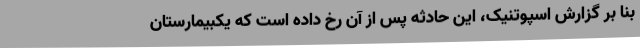
بنا بر گزارش اسپوتنیک، این حادثه پس از آن رخ داده است که یکبیمارستان